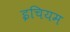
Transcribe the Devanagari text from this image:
इचियम